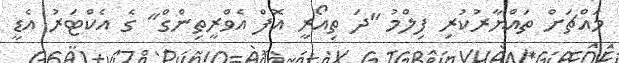
މައްޗަށް ތައްޔާރުކުރި ފިލްމު "ދަ ތިއޯރީ އޮފް އެވްރީތިންގް" ގެ އެކްޓަރު އެޑީ